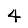
Digit: 4